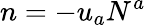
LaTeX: n=-u_{a}N^{a}